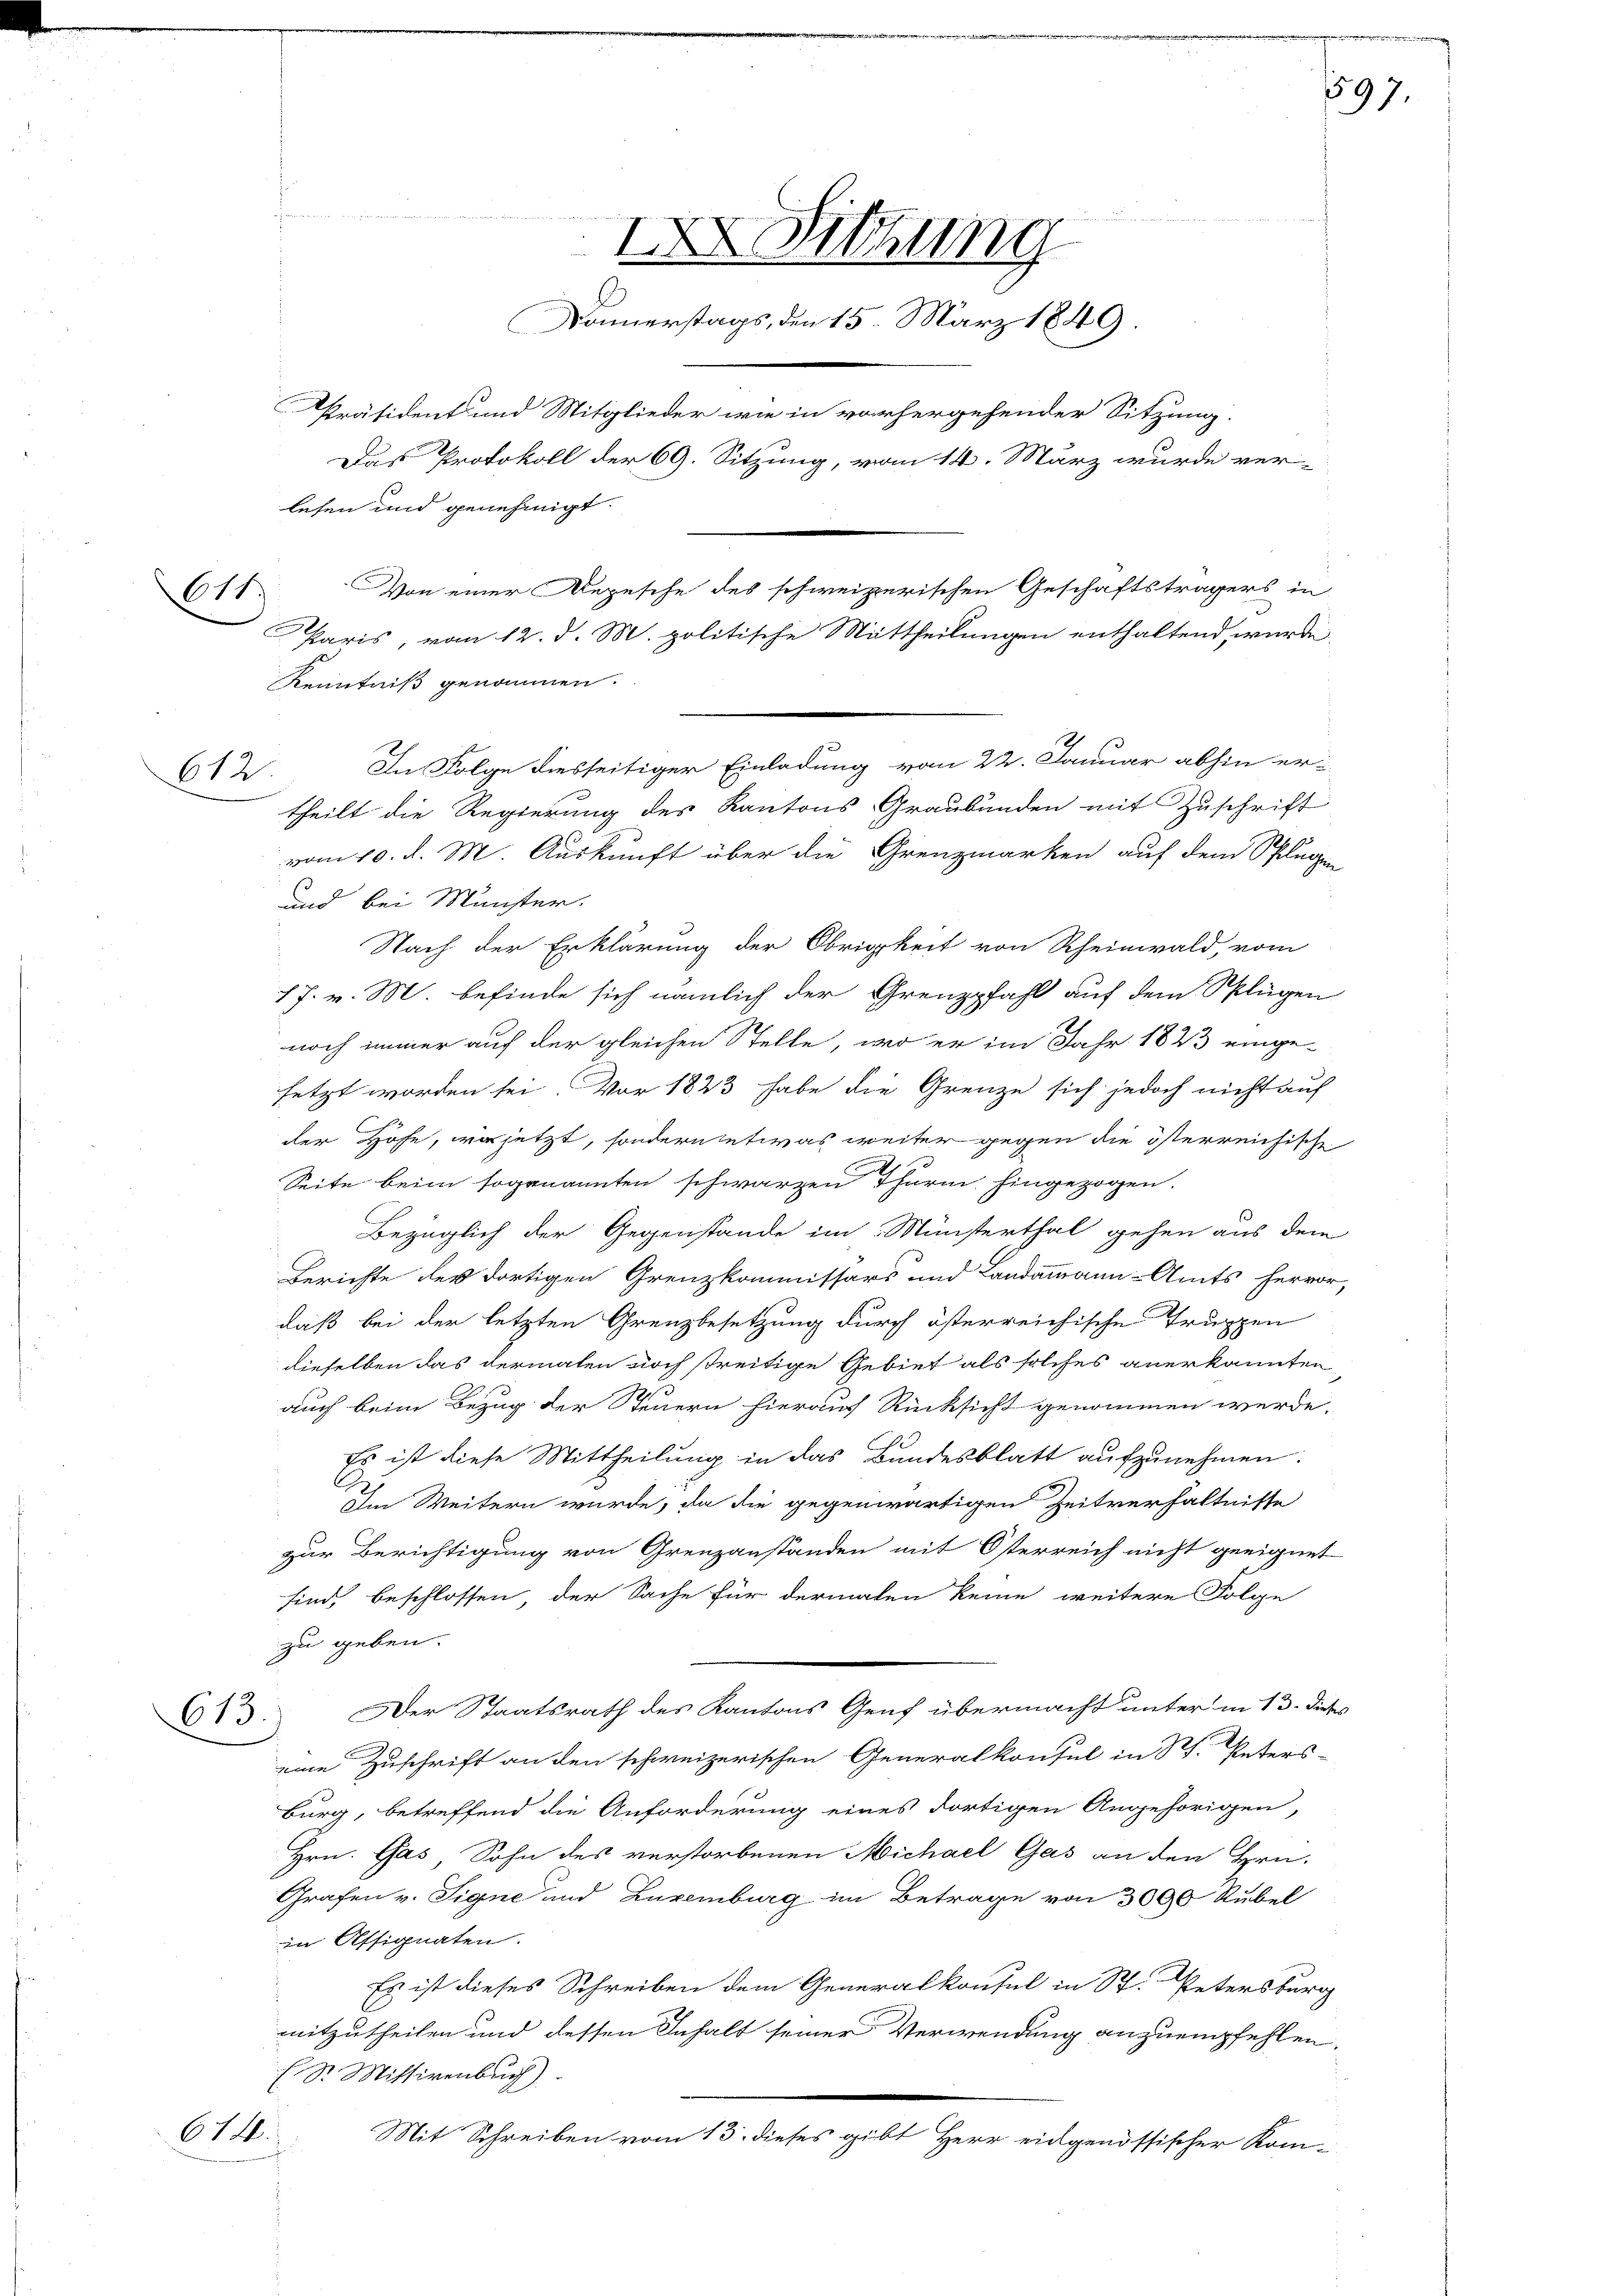
611.

612.

lesen und genehmigt.
Kenntniß genommen.
vom 10. d. M. Auskunft über die Grenzmarken auf dem Pflug
und bei Minister.
Nach der Erklärung der Obrigkeit von Rheinwald, vom
17. v. M. befinde sich nämlich der Grenzpfahl auf dem Splügen
noch immer auf der gleichen Stelle, wo er im Jahr 1823 einge-
setzt worden sei. Vor 1823 habe die Grenze sich jedoch nicht auf
der Höhe, vor jetzt, sondern etwas weiter gegen die österreichische
Seite beim sogenannten schwarzen Thurm. hingezogen.
Bezüglich der Gegenstände im Münsterthal gehen aus dem
Berichte der dortigen Grenzkommissärs und Landammann-Amts Herrn
daß bei der letzten Grenzbesetzung durch österreichische Truppen
dieselben das dermalen noch streitige Gebiet als solches anerkannten
auch beim Bezug der Steuern hieraus Rücksicht genommen werde.
Es ist diese Mittheilung in das Bundesblatt aufzunehmen.
Im Weitern wurde, da die gegenwärtigen Zeitverhältnisse
zur Berichtigung von Grenzanständen mit Österreich nicht geeignet
sind, beschlossen der Sache für dermalen keine weitere Folge
zu geben.
Der Staatsrath des Kantons Genf übermacht unter in 13. die
613.
eine Zuschrift an den schweizerischen Generalkonsul in W. Peters-
burg, betreffend die Anforderung eines dortigen Angehörigen,
Hrn. Gas, Sohn des verstorbenen Michael Gas an den Spra¬
Grafen v. Signe und Luxenburg im Betrage von 3000 Rubel
in Assignaten.
Es ist dieses Schreiben dem Generalkonsul in St. Petersburg
mitzutheilen und dessen Inhalt seiner Verwendung anzuempfehlen
S. Missivenbuch)
614.
Mit Schreiben vom 13. dieses gibt Herr eidgenössischer Kom¬

In Folge diesseitiger Einladung vom 22. Januar abhin er-
theilt die Regierung des Kantons-Graubünden mit Zuschrift

IX Sitzung
Donnerstags, den 15. März 1849
Präsident und Mitglieder wie in vorhergehender Sitzung.
Das Protokoll der 69. Sitzung, vom 14. März wurde ver-
Von einer Depesche des schweizerischen Geschäftsträgers in
Paris, vom 12. d. M. politische Mittheilungen enthaltend, wurde

597.